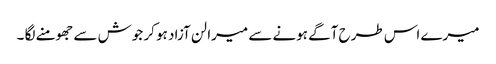
میرے اس طرح آگے ہونے سے میرا لن آزاد ہو کر جوش سے جھومنے لگا ۔